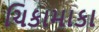
ચિકામાકા